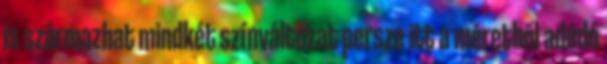
is származhat mindkét színváltozat persze itt a méretből adódó